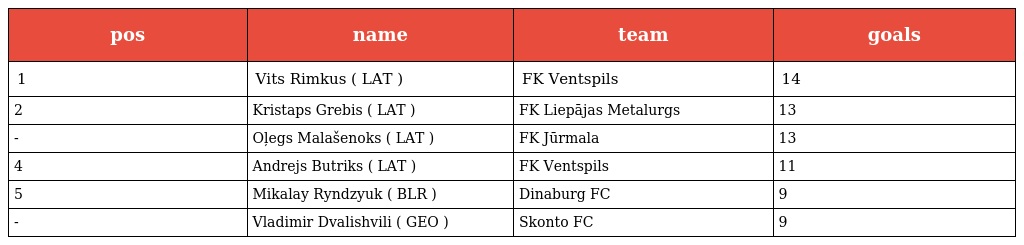
| pos | name | team | goals |
 | --- | --- | --- | --- |
 | 1 | Vits Rimkus ( LAT ) | FK Ventspils | 14 |
 | 2 | Kristaps Grebis ( LAT ) | FK Liepājas Metalurgs | 13 |
 | - | Oļegs Malašenoks ( LAT ) | FK Jūrmala | 13 |
 | 4 | Andrejs Butriks ( LAT ) | FK Ventspils | 11 |
 | 5 | Mikalay Ryndzyuk ( BLR ) | Dinaburg FC | 9 |
 | - | Vladimir Dvalishvili ( GEO ) | Skonto FC | 9 |